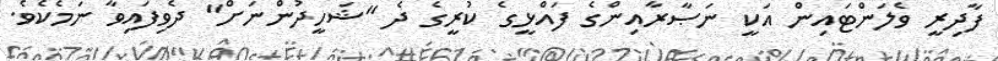
ފާދިރީ ވެލަންޓައިން އަކީ ނަޞާރާއިންގެ ފައްޅީގެ ކުރީގެ ދެ "ޝަހީދުންނަށް" ދެވިފައިވާ ނަމެކެވެ.